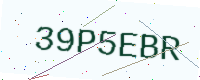
Text: 39P5EBR